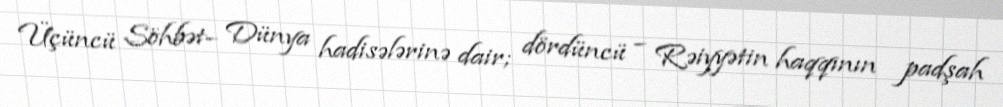
Üçüncü Söhbət– Dünya hadisələrinə dair; dördüncü – Rəiyyətin haqqının padşah